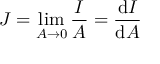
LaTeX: J = \operatorname* { l i m } _ { A \rightarrow 0 } { \frac { I } { A } } = { \frac { \mathrm { d } I } { \mathrm { d } A } } \,